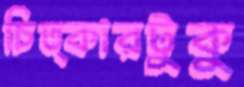
চিত্কারটুকু